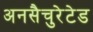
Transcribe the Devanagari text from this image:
अनसैचुरेटेड